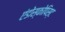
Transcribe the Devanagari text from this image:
एंडोस्कोपिस्ट